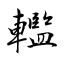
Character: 轞